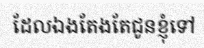
ដែលឯងតែងតែជូនខ្ញុំទៅ